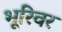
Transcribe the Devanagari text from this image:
भूरिवर